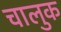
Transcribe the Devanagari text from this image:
चालुक